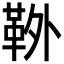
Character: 𩊃